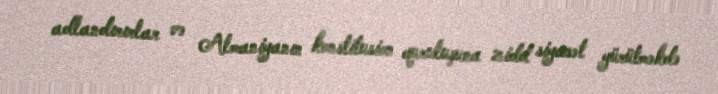
adlandırırlar və Almaniyanın konstitusion quruluşuna zidd siyasət yürütməkdə